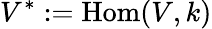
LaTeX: V^{*}:=\operatorname{Hom}(V,k)